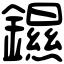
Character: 䥪